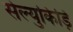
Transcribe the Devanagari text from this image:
सेल्युकिड़ि